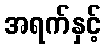
အရက်နှင့်